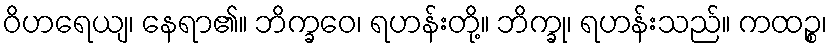
ဝိဟရေယျ၊ နေရာ၏။ ဘိက္ခဝေ၊ ရဟန်းတို့။ ဘိက္ခု၊ ရဟန်းသည်။ ကထဉ္စ၊